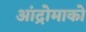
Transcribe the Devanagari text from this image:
आंद्रोमाको